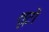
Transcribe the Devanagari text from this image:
शूटों